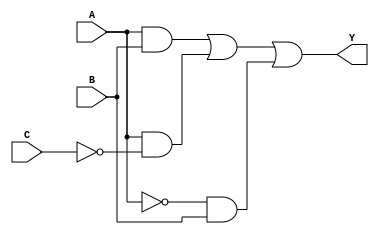
module sop_simplification (
    input wire A,  // First binary input
    input wire B,  // Second binary input
    input wire C,  // Third binary input
    output wire Y  // Output of the SOP expression
);

// Intermediate signals for the AND gates
wire A_and_B;        // A AND B
wire A_and_not_C;    // A AND NOT C
wire not_A_and_B;    // NOT A AND B

// NOT gate for input C
wire not_C = ~C;     // Invert C
// NOT gate for input A
wire not_A = ~A;     // Invert A

// AND gates for product terms
assign A_and_B = A & B;               // A AND B
assign A_and_not_C = A & not_C;       // A AND NOT C
assign not_A_and_B = not_A & B;       // NOT A AND B

// OR gate to combine the product terms
assign Y = A_and_B | A_and_not_C | not_A_and_B; // Final output Y

endmodule